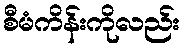
စီမံကိန်းကိုလည်း